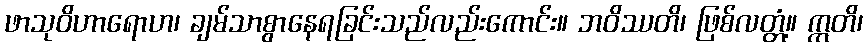
ဖာသုဝိဟာရောဟ၊ ချမ်သာစွာနေရခြင်းသည်လည်းကောင်း။ ဘဝိဿတိ၊ ဖြစ်လတ္တံ့။ ဣတိ၊